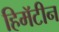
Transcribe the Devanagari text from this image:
हिमॅटीन